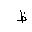
Letter: _za